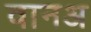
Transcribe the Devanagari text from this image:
वानअ